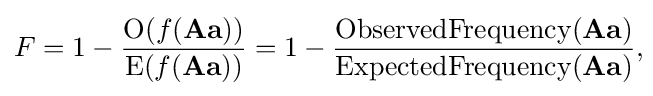
F=1-{\frac {\operatorname {O} (f(\mathbf {Aa} ))}{\operatorname {E} (f(\mathbf {Aa} ))}}=1-{\frac {\operatorname {ObservedFrequency} (\mathbf {Aa} )}{\operatorname {ExpectedFrequency} (\mathbf {Aa} )}},\!